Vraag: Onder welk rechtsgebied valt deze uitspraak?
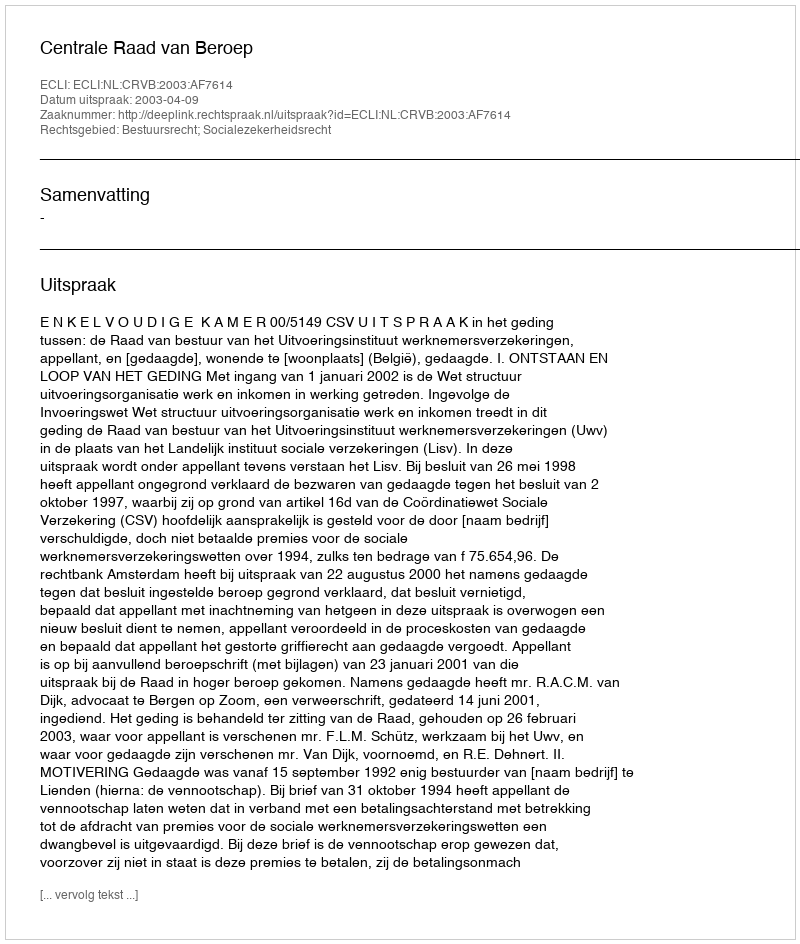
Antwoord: Bestuursrecht; Socialezekerheidsrecht